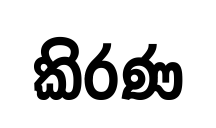
කිරණ